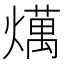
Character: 燤